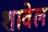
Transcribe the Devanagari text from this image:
शावेल